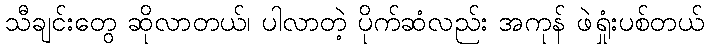
သီချင်းတွေ ဆိုလာတယ်၊ ပါလာတဲ့ ပိုက်ဆံလည်း အကုန် ဖဲရှုံးပစ်တယ်